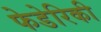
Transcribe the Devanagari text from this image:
फेडेरिकी